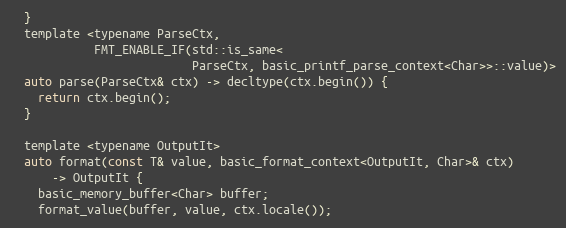
Language: C
  }
  template <typename ParseCtx,
            FMT_ENABLE_IF(std::is_same<
                          ParseCtx, basic_printf_parse_context<Char>>::value)>
  auto parse(ParseCtx& ctx) -> decltype(ctx.begin()) {
    return ctx.begin();
  }

  template <typename OutputIt>
  auto format(const T& value, basic_format_context<OutputIt, Char>& ctx)
      -> OutputIt {
    basic_memory_buffer<Char> buffer;
    format_value(buffer, value, ctx.locale());